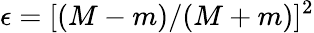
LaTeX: \epsilon=[(M-m)/(M+m)]^{2}